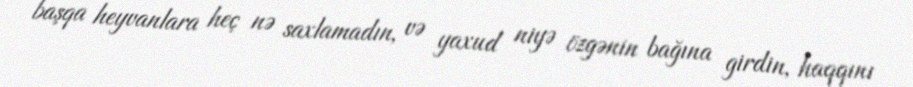
başqa heyvanlara heç nə saxlamadın, və yaxud niyə özgənin bağına girdin, haqqını